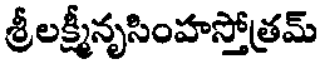
శ్రీలక్ష్మీనృసింహస్తోత్రమ్